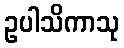
ဥပါသိကာသု